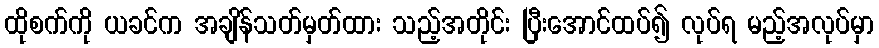
ထိုစက်ကို ယခင်က အချိန်သတ်မှတ်ထား သည့်အတိုင်း ပြီးအောင်ထပ်၍ လုပ်ရ မည့်အလုပ်မှာ